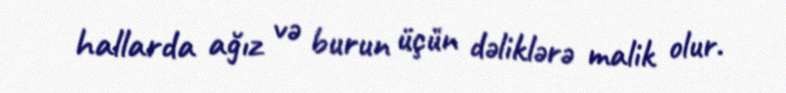
hallarda ağız və burun üçün dəliklərə malik olur.